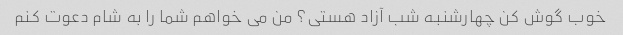
خوب گوش کن چهارشنبه شب آزاد هستی؟ من می خواهم شما را به شام ​​دعوت کنم